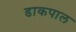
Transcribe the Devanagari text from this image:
डाकपाल